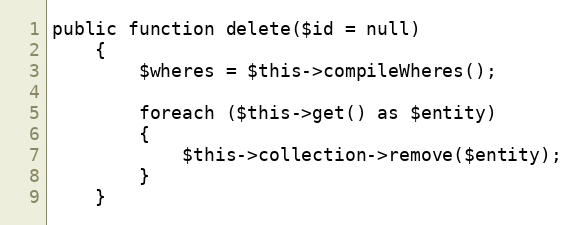
Language: PHP
public function delete($id = null)
	{
		$wheres = $this->compileWheres();

		foreach ($this->get() as $entity)
		{
			$this->collection->remove($entity);
		}
	}